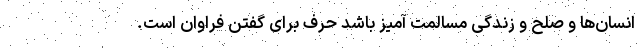
انسان‌ها و صلح و زندگی مسالمت آمیز باشد حرف برای گفتن فراوان است.